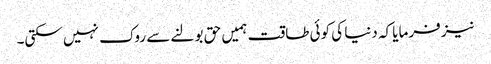
نیز فرمایا کہ دنیا کی کوئی طاقت ہمیں حق بولنے سے روک نہیں سکتی۔